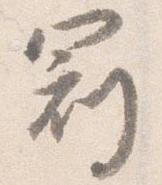
冠